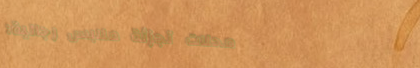
محلات تجزئة ملابس رجالية: